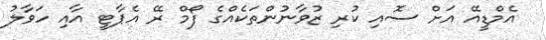
އެމްޑީއޭ އަށް ސޮއި ކުރި ޒުވާނުންތަކެއްގެ ފޯމް ރޭ އެޕާޓީ އާއި ހަވާލު